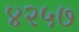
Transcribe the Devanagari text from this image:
४२५७